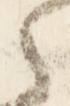
之